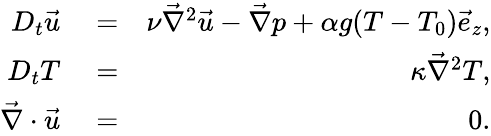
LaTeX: \begin{array}{rlr}{D_{t}\vec{u}}&{{}=}&{\nu\vec{\nabla}^{2}\vec{u}-\vec{\nabla}p+\alpha g(T-T_{0})\vec{e}_{z},}\\ {D_{t}T}&{{}=}&{\kappa\vec{\nabla}^{2}T,}\\ {\vec{\nabla}\cdot\vec{u}}&{{}=}&{0.}\end{array}